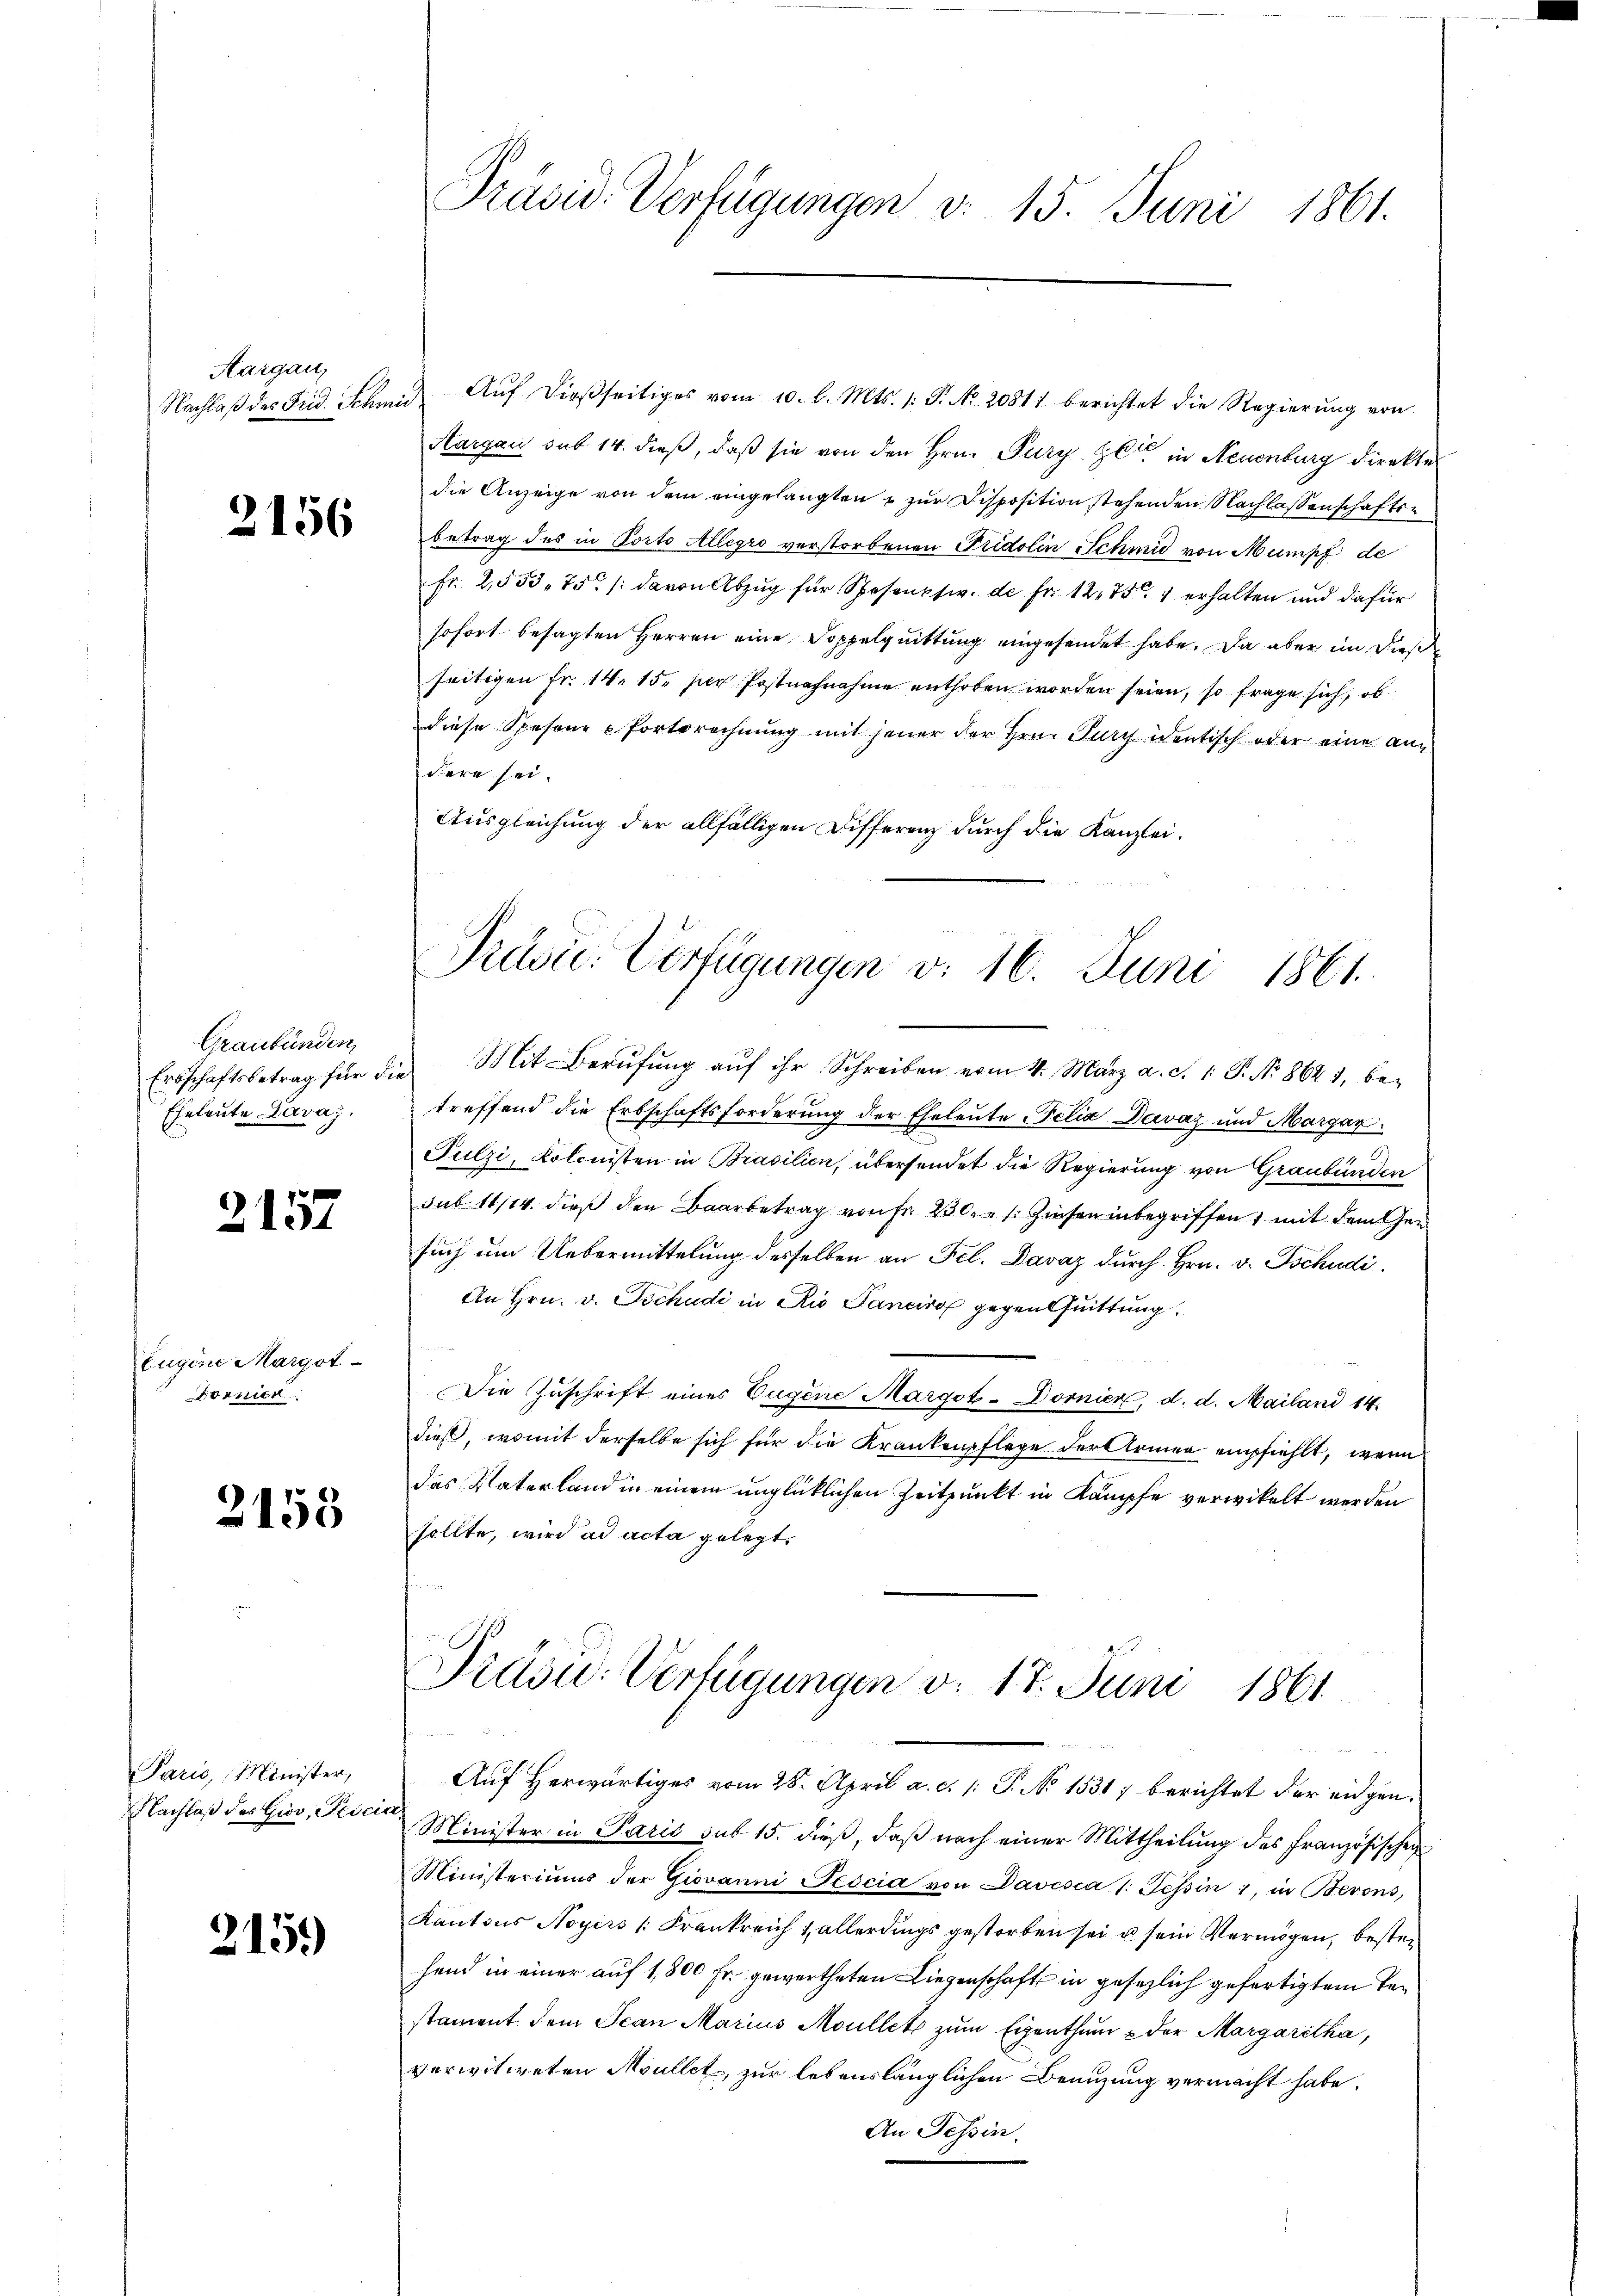
Aargau,

2156

Graubünden
Eheleute Lavaz.

2157

Eugene Margot
Dornien.

2153

Paris, Minister,
Nachlaß der Gior, Teic

215.)

Präsid. Verfügungen v. 15. Juni 1861.

Nachlaβ des Fid. Schnen Aŭf dießseitiges vom 10. l. Mts. 1. P. No. 20811 berichtet die Regierŭng von
Aargau sub 14. dieß, daß sie von den Hrn. Pury Zeit in Neuenburg direkte
die Anzeige von dem eingelangten & zur Disposition stehenden Nachlassenschaftsbetrag des in Porto Allegro verstorbenen Fridolin Schmid von Mumpf de
Fr. 2553. 75 /: davon Abzug für Spesentw. de Fr. 12751 erhalten und dafür
sofort besagten Herren eine Doppelquittung eingesendet habe. Da aber im Diese
seitigen Fr. 14. 15. per Postnachnahme enthoben worden seien, so frage sich, ob
diese Spesene Fortsrechnung mit jener der Hrn. Jury identisch oder eine andere sei.
Ausgleichung der allfälligen Differenz durch die Kanzlei.

Erbschaftsbetrag für die Mit Berŭfŭng aŭf ihr Schreiben vom 4. März a. d. 1. P. Nr. 8641, be-
treffend die Erbschaftsforderung der Eheleute Felia Davaz und Margar
Fulzi, Kolonisten in Brasilien, übersendet die Regierung von Graubünden
sub 11/14. dieß den Baarbetrag von Fr. 230. Zinsen inbegriffen, mit dem Gesuch um Uebermittelung desselben an Fel. Davaz durch Hrn. v. Tschudi
An Hrn. v. Tschudi in Rio Sanciro gegen Quittung
Die Zuschrift eines Eugene Margot-Dornier, d. d. Mailand 14.
dieß, womit derselbe sich für die Krankenpflege der Armen empfiehlt, wenn
das Vaterland in einem unglücklichen Zeitpunkt in Kämpfe verwickelt werden
sollte, wird ad acta gelegt.

Præsu. Verfügungen v. 16. Juni 1861

Präsu: Verfügungen v. 17. Juni 1861

Auf herwärtiges vom 28. April a. c. 1: P. No 1531 berichtet der eidgen.
t
Minister in Paris sub 15. dieß, daß nach einer Mittheilung des französischen
Ministeriums der Giovanni Jescia von Davesca 1. Tessin, in Berons,
Kantons Noyers (Frankreich & allerdings gestorben sei u sein Vermögen, bestehend in einer auf 1,800 Fr. gewertheten Liegenschaft in gesezlich gefertigtem Verstament dem Jean Marius Moullet zum Eigenthum & der Margaretha,
verwitweten Moullet, zur lebenslänglichen Benuzung vermacht habe.
An Tessin